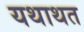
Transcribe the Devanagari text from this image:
यथाथत